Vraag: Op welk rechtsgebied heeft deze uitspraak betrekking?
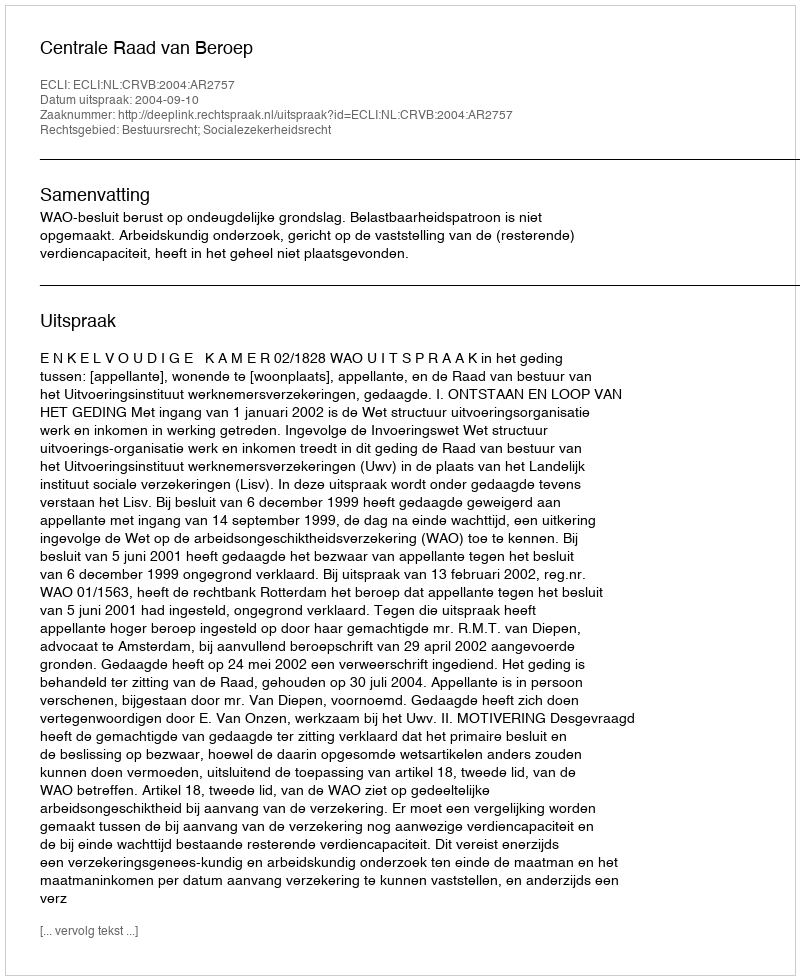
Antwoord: Bestuursrecht; Socialezekerheidsrecht